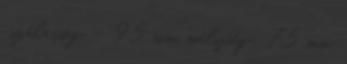
szélesség – 95 mm mélység . 75 mm